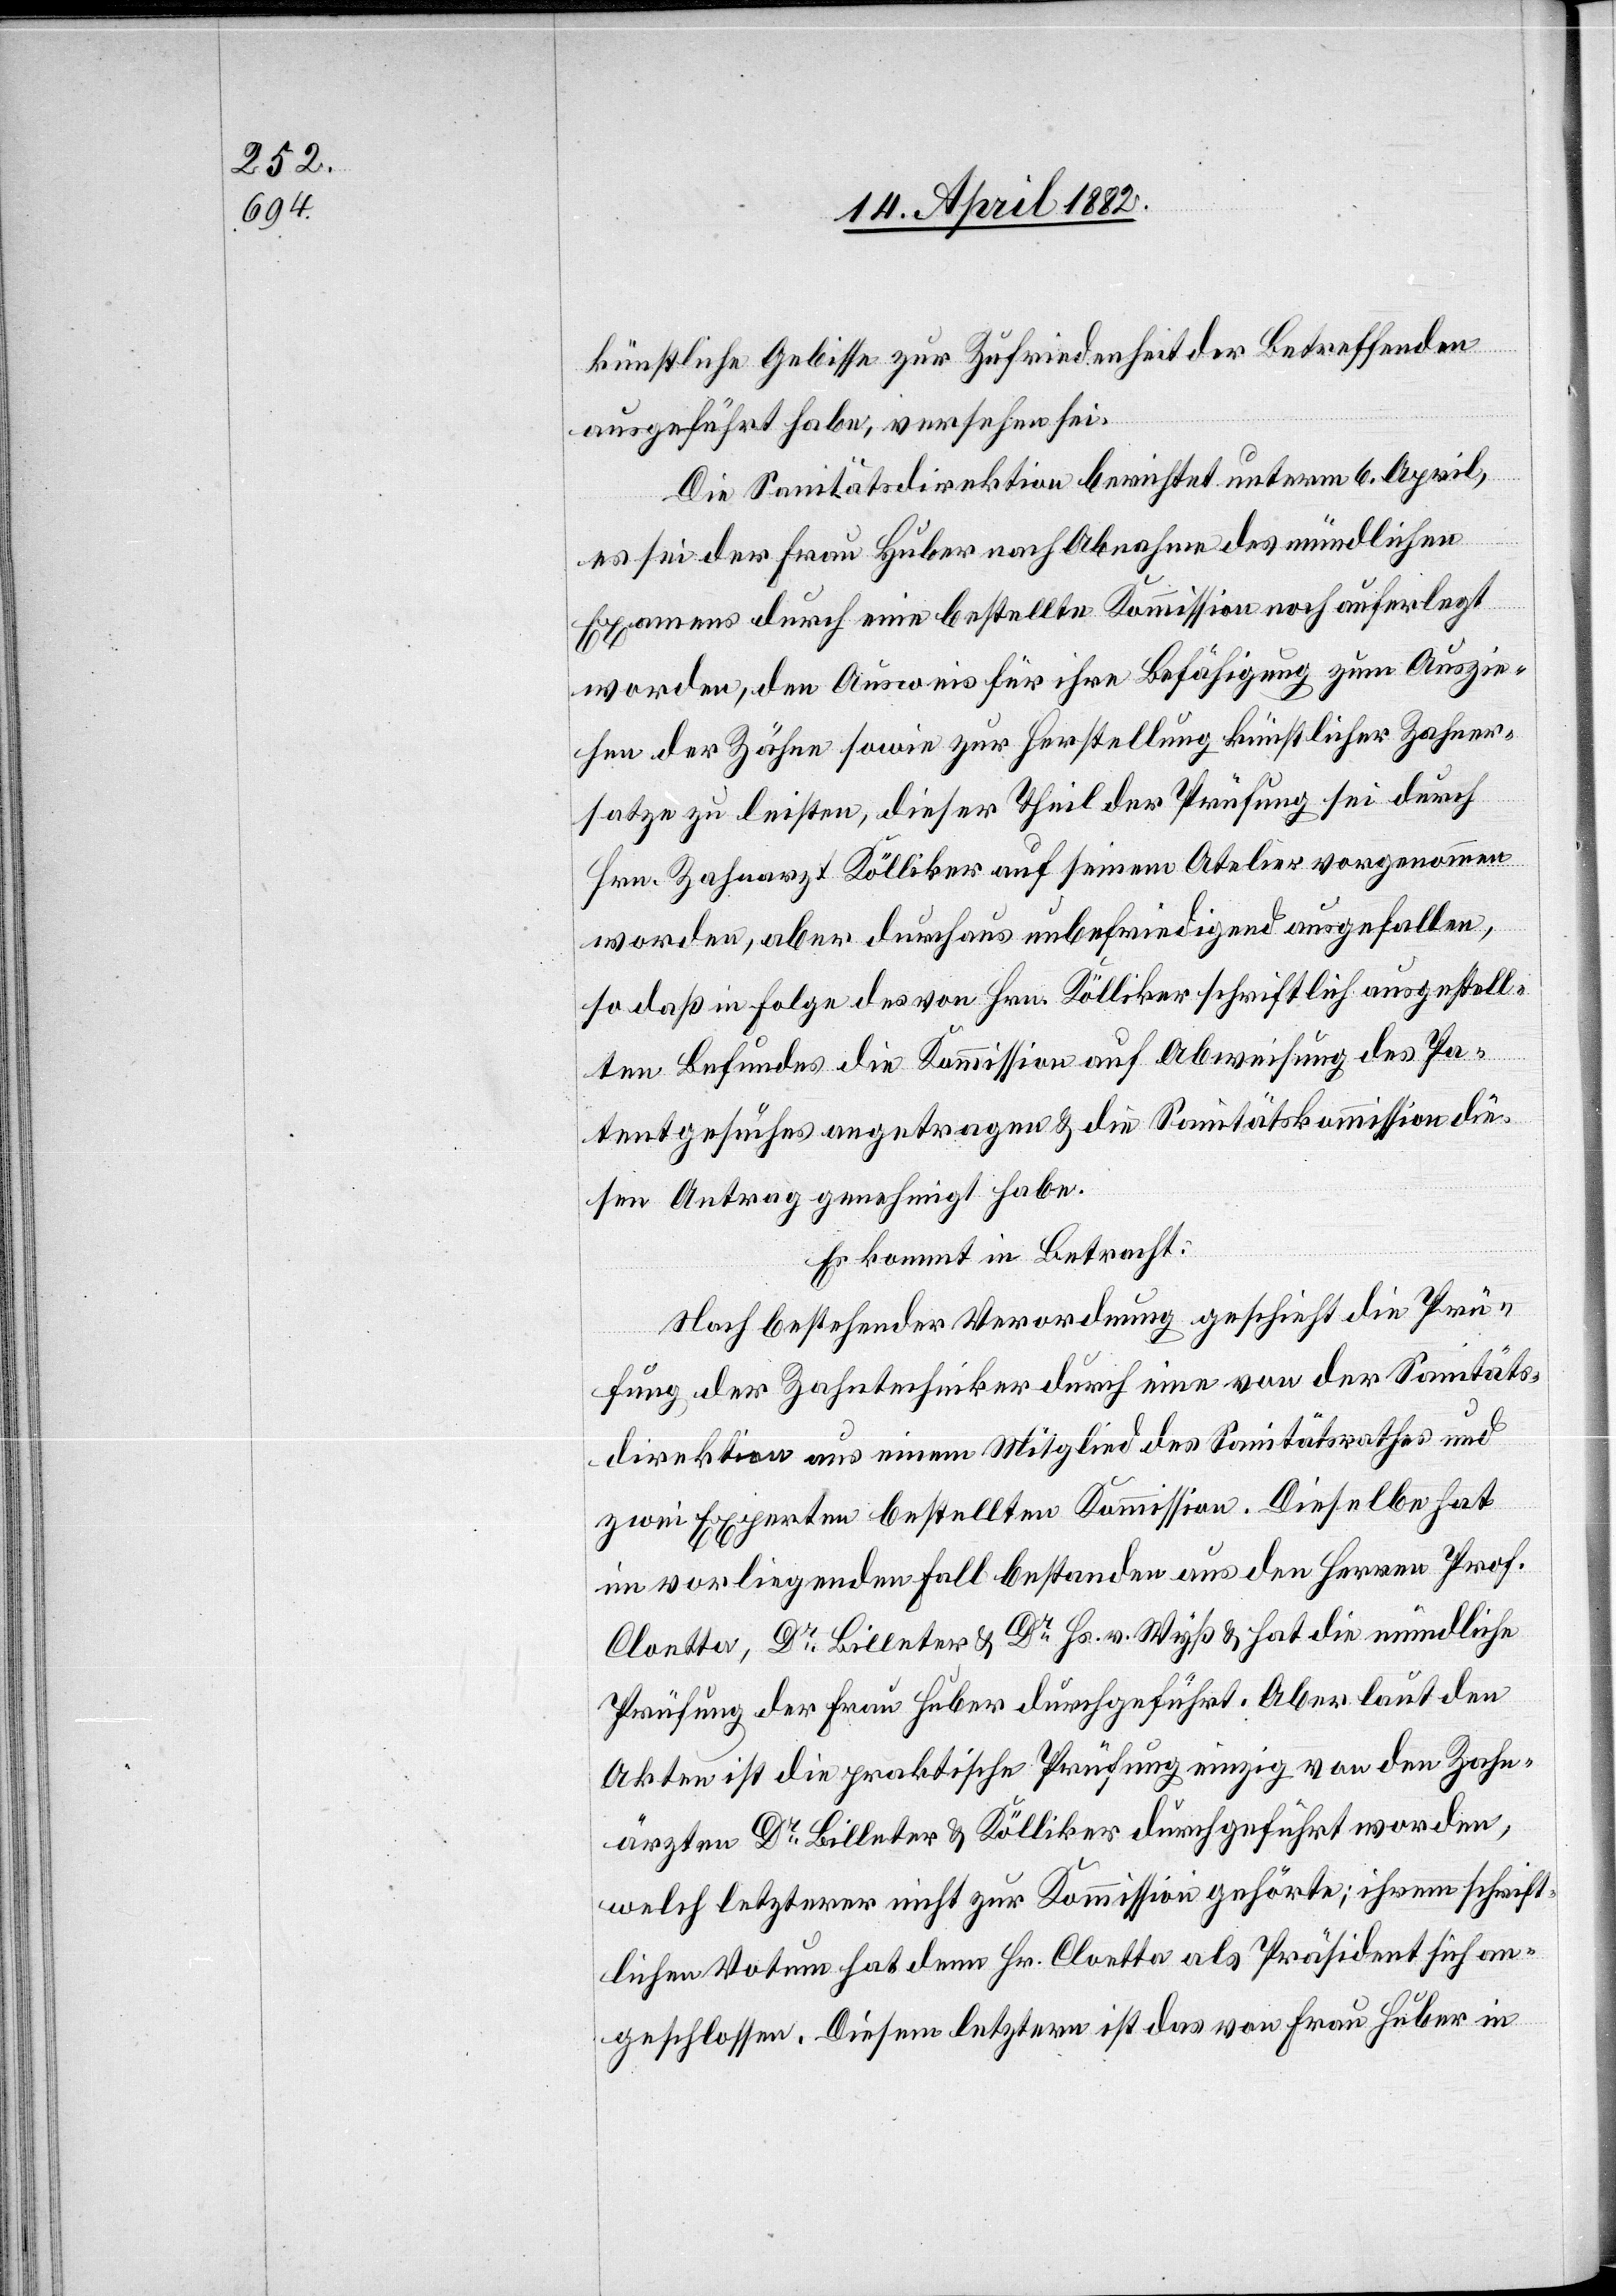
künstliche Gebisse zur Zufriedenheit der Betreffenden
ausgeführt habe, versehen sei.
Die Sanitätsdirektion berichtet unterm 6. April,
es sei der Frau Huber nach Abnahme des mündlichen
Examens durch eine bestellte Kommission noch auferlegt
worden, den Ausweis für ihre Befähigung zum Auszie¬
hen der Zähne sowie zur Herstellung künstlicher Zahner¬
satze zu leisten, dieser Theil der Prüfung sei durch
Hrn. Zahnarzt Kölliker auf seinem Atelier vorgenommen
worden, aber durchaus unbefriedigend ausgefallen,
so daß in Folge des von Hrn. Kölliker schriftlich ausgestell¬
ten Befundes die Kommission auf Abweisung des Pa¬
tentgesuches angetragen & die Sanitätskommission die¬
sen Antrag genehmigt habe.
Es kommt in Betracht:
Nach bestehender Verordnung geschieht die Prü¬
fung der Zahntechniker durch eine von der Sanitäts¬
direktion aus einem Mitglied des Sanitätsrathes und
zwei Experten bestellten Kommission. Dieselbe hat
im vorliegenden Fall bestanden aus den Herren Prof.
Cloetta, Dr Billeter & Dr Hs. v. Wyß & hat die mündliche
Prüfung der Frau Huber durchgeführt. Aber laut den
Akten ist die praktische Prüfung einzig von den Zahn¬
ärzten Dr Billeter & Kölliker durchgeführt worden,
welch letzterer nicht zur Kommission gehörte; ihrem schrift¬
lichen Votum hat denn Hr. Cloetta als Präsident sich an¬
geschlossen. Diesem letztern ist das von Frau Huber in